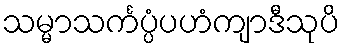
သမ္မာသင်္ကပ္ပံပဟံကျာဒီသုပိ